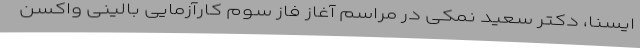
ایسنا، دکتر سعید نمکی در مراسم آغاز فاز سوم کارآزمایی بالینی واکسن